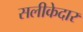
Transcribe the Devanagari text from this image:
सलीकेदार